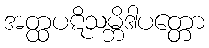
အတ္ထပဋိသမ္ဘိဒါပတ္တော